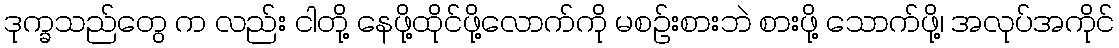
ဒုက္ခသည်တွေ က လည်း ငါတို့ နေဖို့ထိုင်ဖို့လောက်ကို မစဉ်းစားဘဲ စားဖို့ သောက်ဖို့၊ အလုပ်အကိုင်